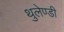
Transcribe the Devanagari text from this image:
थुलेण्डी